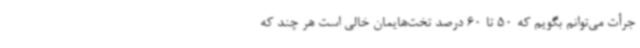
جرأت می‌توانم بگویم که 50 تا 60 درصد تخت‌هایمان خالی است هر چند که